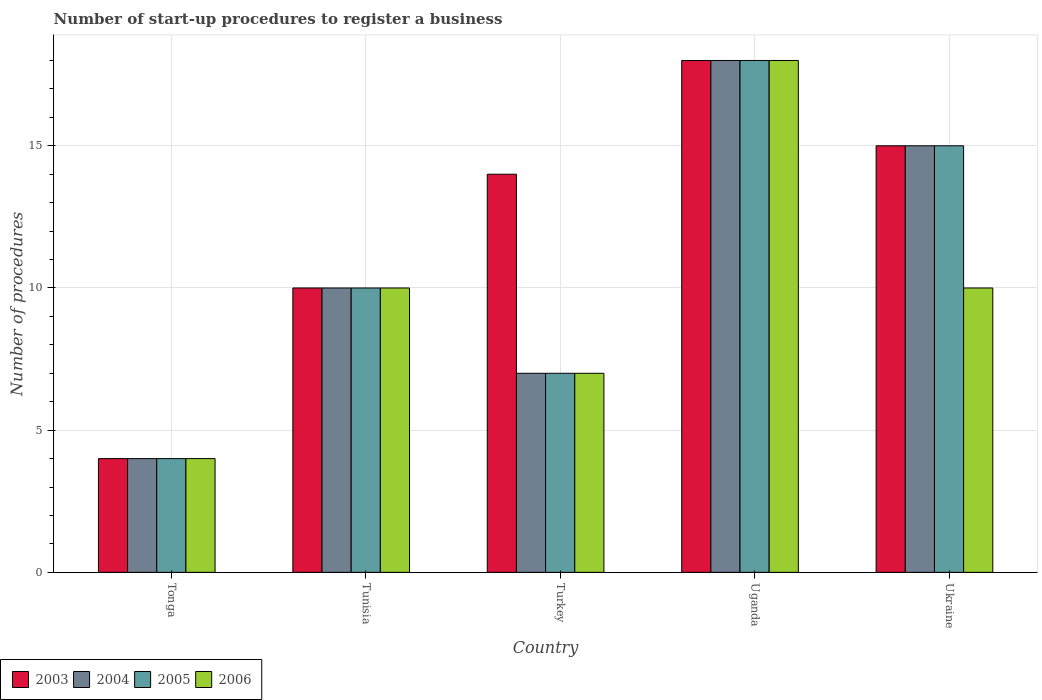
| Country | 2003 | 2004 | 2005 | 2006 |
 | --- | --- | --- | --- | --- |
 | Tonga | 4 | 4 | 4 | 4 |
 | Tunisia | 10 | 10 | 10 | 10 |
 | Turkey | 14 | 7 | 7 | 7 |
 | Uganda | 18 | 18 | 18 | 18 |
 | Ukraine | 15 | 15 | 15 | 10 |